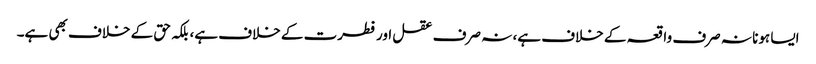
ایسا ہونا نہ صرف واقعہ کے خلاف ہے، نہ صرف عقل اور فطرت کے خلاف ہے، بلکہ حق کے خلاف بھی ہے۔